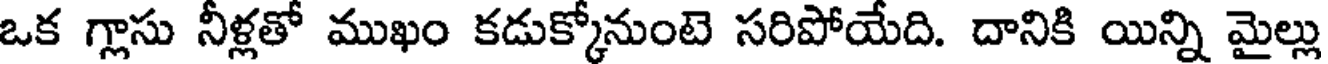
ఒక గ్లాసు నీళ్లతో ముఖం కడుక్కోనుంటె సరిపోయేది. దానికి యిన్ని మైల్లు